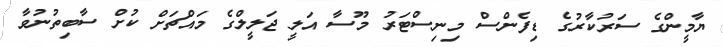
ޔާމީންގެ ސަރުކާރުގެ ޑިފެންސް މިނިސްޓަރު މޫސާ އަލީ ޖަލީލްގެ މައްޗަށް ކުށް ސާބިތުނުވާ